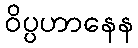
ဝိပ္ပဟာနေန